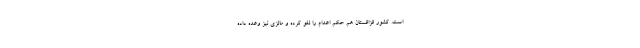
است. کشور قزاقستان هم حکم اعدام را لغو کرده و مالزی نیز وعده داده